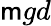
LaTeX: \mathsf{m}gd